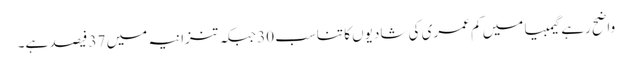
واضح رہے گیمبیا میں کم عمری کی شادیوں کا تناسب 30 جبکہ تنزانیہ میں 37 فیصد ہے۔